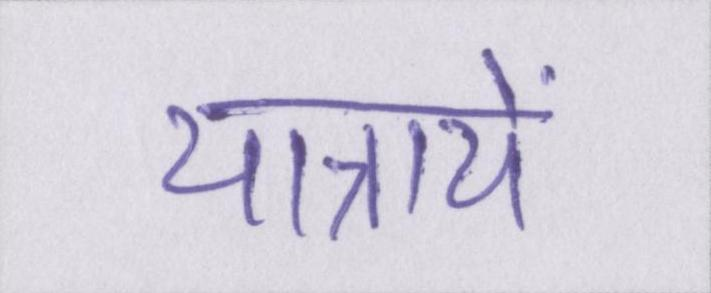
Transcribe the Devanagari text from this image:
यात्रायें